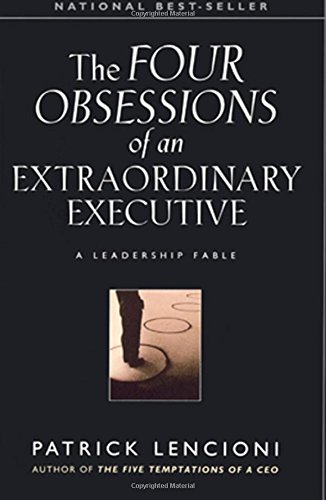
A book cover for The Four Obsessions of an Extraordinary Executive: A Leadership Fable; Patrick Lencioni; Business & Money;